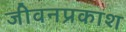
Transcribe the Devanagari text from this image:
जीवनप्रकाश